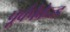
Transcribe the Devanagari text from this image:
पूर्वपैकेज्ड